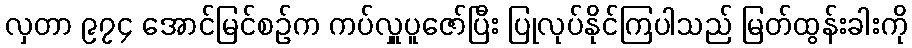
လှတာ ၉၇၄ အောင်မြင်စဉ်က ကပ်လှူပူဇော်ပြီး ပြုလုပ်နိုင်ကြပါသည် မြတ်ထွန်းခါးကို